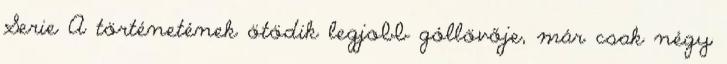
Serie A történetének ötödik legjobb góllövője, már csak négy